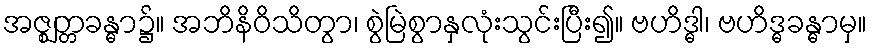
အဇ္ဈတ္တခန္ဓာ၌။ အဘိနိဝိသိတွာ၊ စွဲမြဲစွာနှလုံးသွင်းပြီး၍။ ဗဟိဒ္ဓါ၊ ဗဟိဒ္ဓခန္ဓာမှ။